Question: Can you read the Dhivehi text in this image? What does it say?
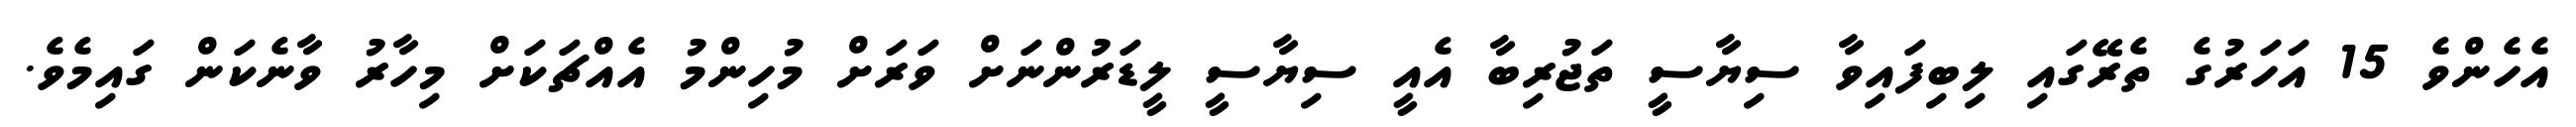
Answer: އެހެންވެ 15 އަހަރުގެ ތެރޭގައި ލިބިފައިވާ ސިޔާސީ ތަޖުރިބާ އެއީ ސިޔާސީ ލީޑަރުންނަށް ވަރަށް މުހިންމު އެއްޗަކަށް މިހާރު ވާނެކަން ގައިމެވެ.